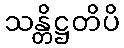
သန္တိဋ္ဌတိပိ